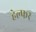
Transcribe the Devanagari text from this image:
हेल्फर